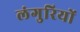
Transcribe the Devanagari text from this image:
लंगुरियों